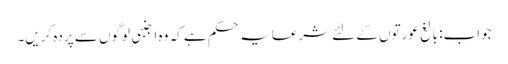
جواب: بالغ عورتوں کے لئے شرعایہ حکم ہے کہ وہ اجنبی لوگوں سے پردہ کریں۔